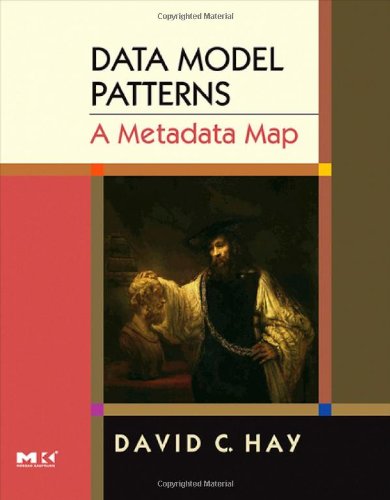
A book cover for Data Model Patterns: A Metadata Map (The Morgan Kaufmann Series in Data Management Systems); David C. Hay; Computers & Technology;